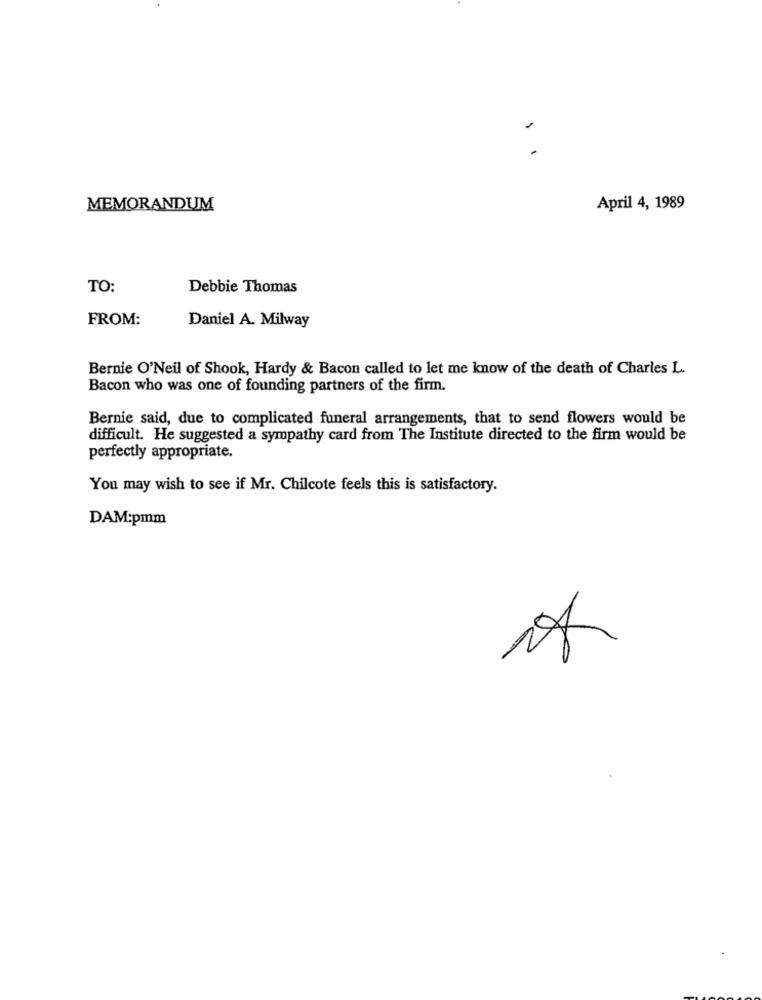
MEMORANDUM
April 4, 1989
TO:
Debbie Thomas
FROM:
Daniel A. Milway
Bernie O'Neil of Shook, Hardy & Bacon called to let me know of the death of Charles L.
Bacon who was one of founding partners of the firm.
Bernie said, due to complicated funeral arrangements, that to send flowers would be
difficult. He suggested a sympathy card from The Institute directed to the firm would be
perfectly appropriate.
You may wish to see if Mr. Chilcote feels this is satisfactory.
DAM:pmm